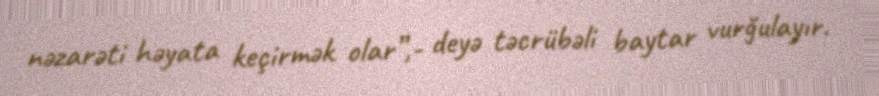
nəzarəti həyata keçirmək olar”,- deyə təcrübəli baytar vurğulayır.